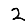
Digit: 2